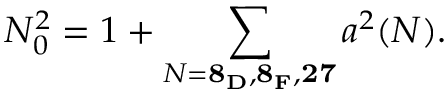
N _ { 0 } ^ { 2 } = 1 + \sum _ { N = { \bf 8 _ { D } , 8 _ { F } , 2 7 } } a ^ { 2 } ( N ) .